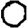
Digit: 0